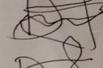
Signature authenticity: forged